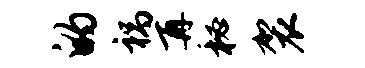
的祸再秘袈